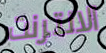
الانترنت